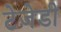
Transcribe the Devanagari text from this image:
टेजेडी